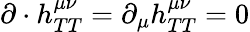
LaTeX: \mathbf{\partial}\cdot h_{TT}^{\mu\nu}=\partial_{\mu}h_{TT}^{\mu\nu}=0